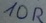
Text: 10R